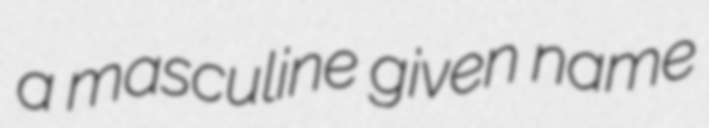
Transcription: a masculine given name